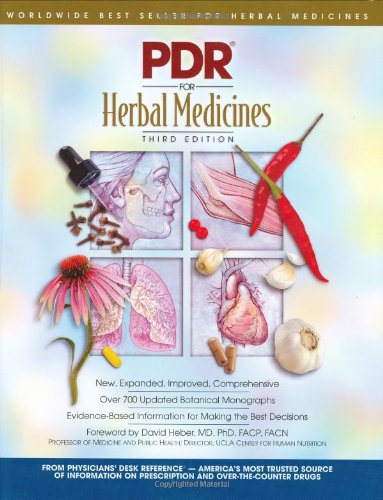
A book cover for PDR for Herbal Medicines; Joergm et al (editor) Gruenwald; Health, Fitness & Dieting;